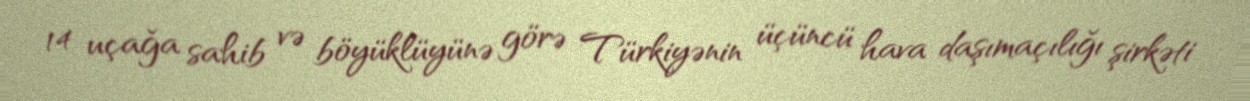
14 uçağa sahib və böyüklüyünə görə Türkiyənin üçüncü hava daşımaçılığı şirkəti